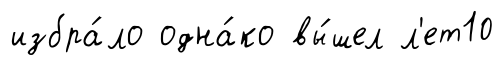
избра́ло одна́ко вы́шел л'ет10